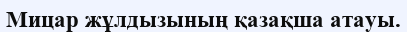
Мицар жұлдызының қазақша атауы.